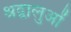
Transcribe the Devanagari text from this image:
श्रद्वालुओं